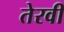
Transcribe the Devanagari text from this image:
तेरवीं